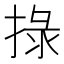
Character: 𢮑